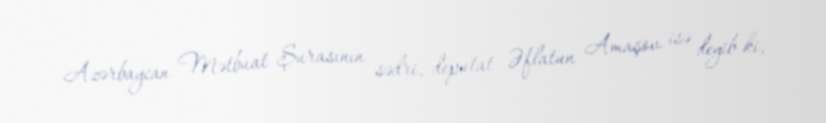
Azərbaycan Mətbuat Şurasının sədri, deputat Əflatun Amaşov isə deyib ki,